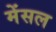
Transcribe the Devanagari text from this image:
मेंसल